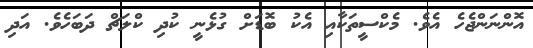
އޮންނަންޖެހެ އެވެ. މެކްސީތަކާއި އެކު ބޮޑަށް ގުޅެނީ ކުދި ކްލަޗް ދަބަހެވެ. އަދި